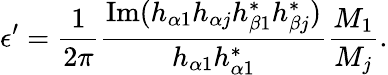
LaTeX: \epsilon^{\prime}=\frac{1}{2\pi}\frac{\mathrm{Im}(h_{\alpha 1}h_{\alpha j}h_{\beta 1}^{*}h_{\beta j}^{*})}{h_{\alpha 1}h_{\alpha 1}^{*}}\frac{M_{1}}{M_{j}}.